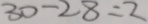
3 0 - 2 8 = 2